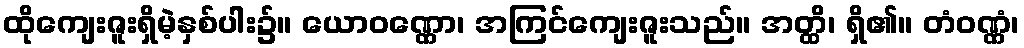
ထိုကျေးဇူးရှိမဲ့နှစ်ပါး၌။ ယောဝဏ္ဏော၊ အကြင်ကျေးဇူးသည်။ အတ္ထိ၊ ရှိ၏။ တံဝဏ္ဏံ၊